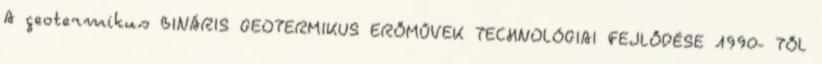
A geotermikus BINÁRIS GEOTERMIKUS ERŐMŰVEK TECHNOLÓGIAI FEJLŐDÉSE 1990- TŐL